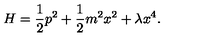
H = \frac { 1 } { 2 } p ^ { 2 } + \frac { 1 } { 2 } m ^ { 2 } x ^ { 2 } + \lambda x ^ { 4 } .